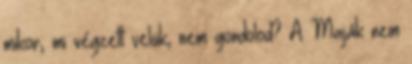
mikor, mi végzett velük, nem gondolod? A Maják nem